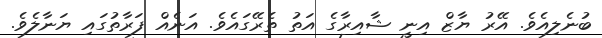
ބުނެލިއެވެ. އޭރު ޔާޒް އިނީ ޝާއިރާގެ އަތު ތެރޭގައެވެ. އަނެއް ފަރާތުގައި ޔަނާލެވެ.